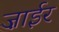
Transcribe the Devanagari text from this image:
ज़ाईर